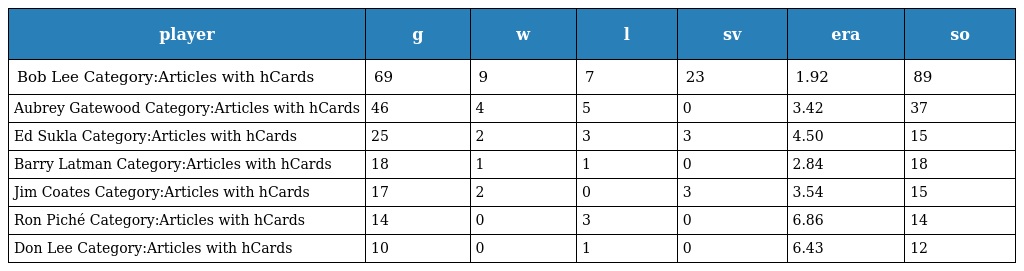
| player | g | w | l | sv | era | so |
 | --- | --- | --- | --- | --- | --- | --- |
 | Bob Lee Category:Articles with hCards | 69 | 9 | 7 | 23 | 1.92 | 89 |
 | Aubrey Gatewood Category:Articles with hCards | 46 | 4 | 5 | 0 | 3.42 | 37 |
 | Ed Sukla Category:Articles with hCards | 25 | 2 | 3 | 3 | 4.50 | 15 |
 | Barry Latman Category:Articles with hCards | 18 | 1 | 1 | 0 | 2.84 | 18 |
 | Jim Coates Category:Articles with hCards | 17 | 2 | 0 | 3 | 3.54 | 15 |
 | Ron Piché Category:Articles with hCards | 14 | 0 | 3 | 0 | 6.86 | 14 |
 | Don Lee Category:Articles with hCards | 10 | 0 | 1 | 0 | 6.43 | 12 |